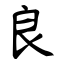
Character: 良